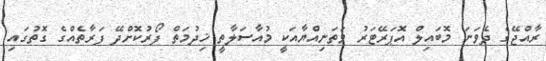
ރާއްޖޭގެ ދެވަނަ މޮބައިލް އޮޕަރޭޓަރު ވަތަނިއްޔާއަކީ މުއާސަލާތީ ޚިދުމަތް ފޯރުކޮށްދޭ ފަރާތެއްގެ ގޮތުގައި